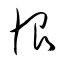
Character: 恨